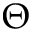
\Theta